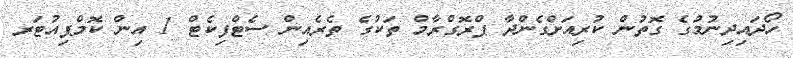
ހޯދައިދިނުމުގެ ގޮތުން ކުރިއަށްގެންދާ ޕްރޮގްރާމް ތަކުގެ ތެރެއިން ސެޓްފިކެޓް 1 އިން ކޮމްޕިއުޓަރ